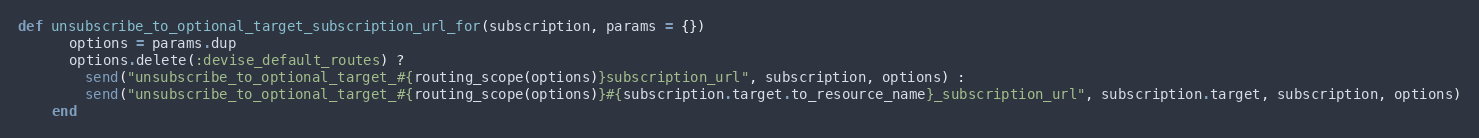
Language: Ruby
def unsubscribe_to_optional_target_subscription_url_for(subscription, params = {})
      options = params.dup
      options.delete(:devise_default_routes) ?
        send("unsubscribe_to_optional_target_#{routing_scope(options)}subscription_url", subscription, options) :
        send("unsubscribe_to_optional_target_#{routing_scope(options)}#{subscription.target.to_resource_name}_subscription_url", subscription.target, subscription, options)
    end